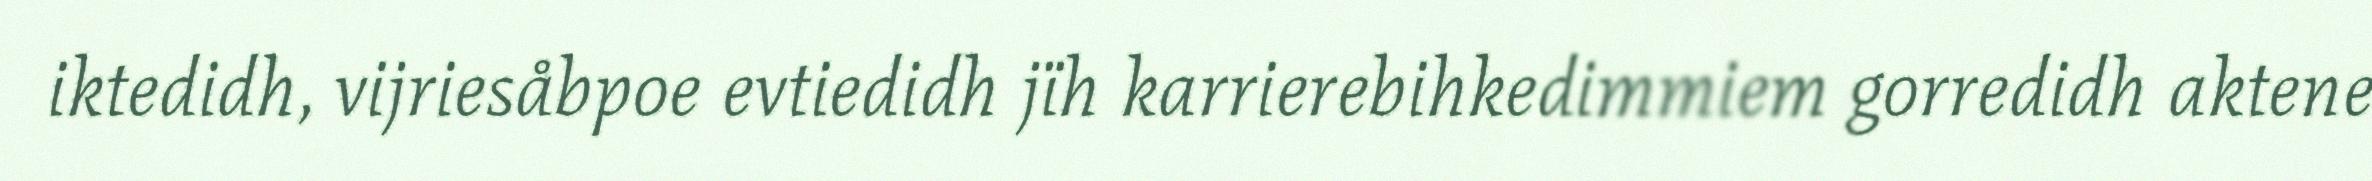
iktedidh, vijriesåbpoe evtiedidh jïh karrierebihkedimmiem gorredidh aktene